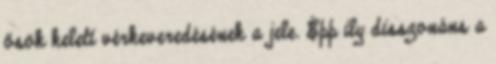
ősök keleti vérkeveredésének a jele. Épp ily disszonáns a